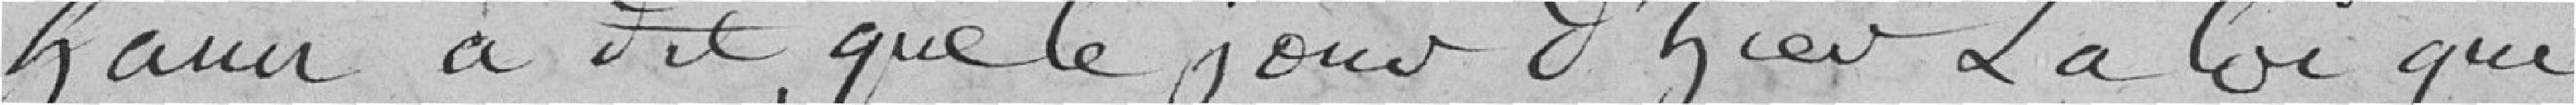
Haur à dit, que le jour d'hier La loi qui